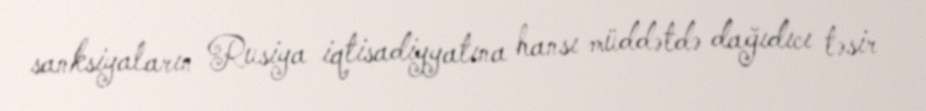
sanksiyaların Rusiya iqtisadiyyatına hansı müddətdə dağıdıcı təsir